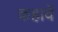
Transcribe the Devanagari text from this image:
कहावें